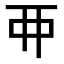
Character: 𬻇